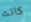
كانت